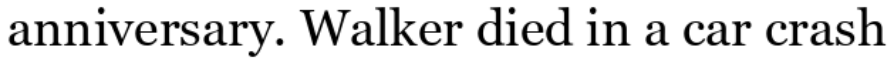
anniversary. Walker died in a car crash